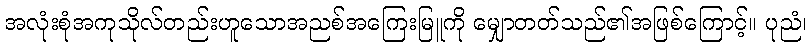
အလုံးစုံအကုသိုလ်တည်းဟူသောအညစ်အကြေးမြူကို မျှောတတ်သည်၏အဖြစ်ကြောင့်။ ပုညံ၊